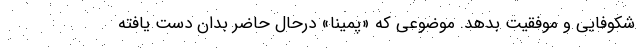
شکوفایی و موفقیت بدهد. موضوعی که «پمینا» درحال حاضر بدان دست یافته